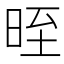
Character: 晊